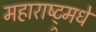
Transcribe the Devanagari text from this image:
महाराष्ट्र्मधे